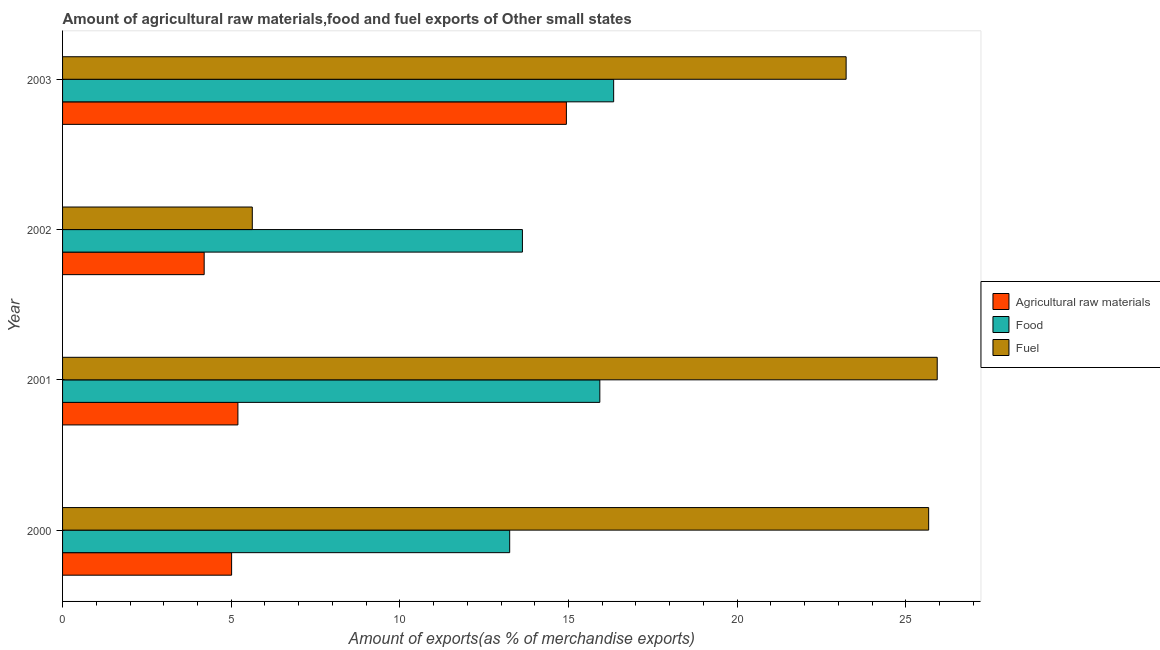
| Year | Agricultural raw materials | Food | Fuel |
 | --- | --- | --- | --- |
 | 2000 | 5.01 | 13.3 | 25.7 |
 | 2001 | 5.2 | 15.9 | 25.9 |
 | 2002 | 4.2 | 13.6 | 5.63 |
 | 2003 | 14.9 | 16.3 | 23.2 |